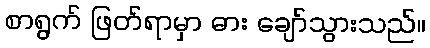
စာရွက် ဖြတ်ရာမှာ ဓား ချော်သွားသည်။